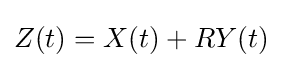
Z(t)=X(t)+RY(t)